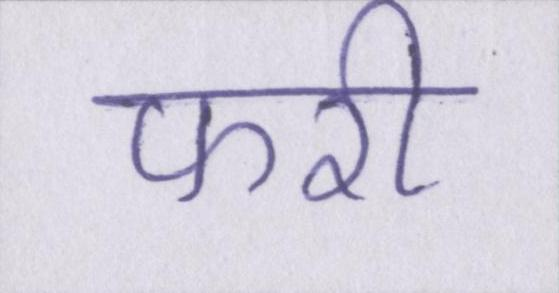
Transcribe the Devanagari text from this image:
फरी